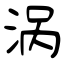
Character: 涡